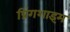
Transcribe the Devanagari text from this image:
प्रिंगशाइम